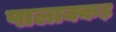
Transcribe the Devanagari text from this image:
पालाक्कड़